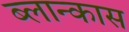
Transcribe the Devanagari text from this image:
ब्लान्कास